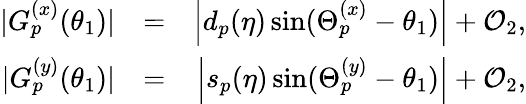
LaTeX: \begin{array}{rlr}{\vert G_{p}^{(x)}(\theta_{1})\vert}&{=}&{\left\vert d_{p}(\eta)\sin(\Theta_{p}^{(x)}-\theta_{1})\right\vert+\mathcal{O}_{2},}\\ {\vert G_{p}^{(y)}(\theta_{1})\vert}&{=}&{\left\vert s_{p}(\eta)\sin(\Theta_{p}^{(y)}-\theta_{1})\right\vert+\mathcal{O}_{2},}\end{array}